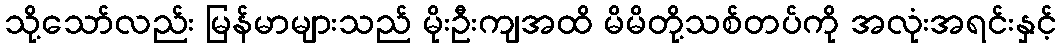
သို့သော်လည်း မြန်မာများသည် မိုးဦးကျအထိ မိမိတို့သစ်တပ်ကို အလုံးအရင်းနှင့်